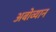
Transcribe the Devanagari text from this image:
अबोव्यान